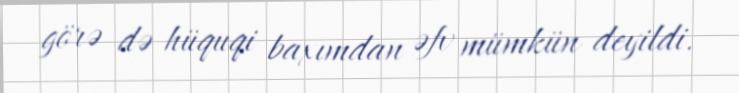
görə də hüquqi baxımdan əfv mümkün deyildi.